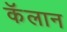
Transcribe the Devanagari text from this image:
कॅलान